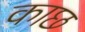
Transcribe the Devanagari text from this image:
काछ